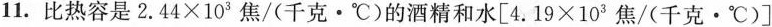
11. 比热容是$$2 . 4 4 \times 1 0 ^ { 3 }$$ 焦/(千克 · ℃)的酒精和水[$$4 . 1 9 \times 1 0 3 焦 / ( 千 克 · ℃ ) ]$$